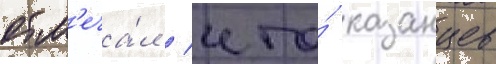
отм'еча́л / что́ казанцев